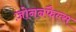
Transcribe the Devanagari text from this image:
ज़ोननफैल्स